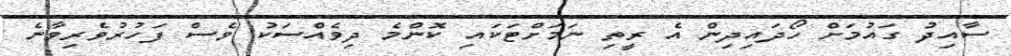
ސާއިދު ގައުމަށް ހޯދައިދިން އެ ރީތި ނަމަށްޓަކައި ކޮންމެ ދިވެއްސަކު ވެސް ފަހުރުވެރިވާނެ